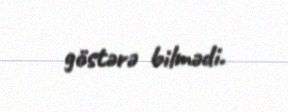
göstərə bilmədi.